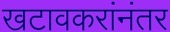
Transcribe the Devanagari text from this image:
खटावकरांनंतर